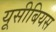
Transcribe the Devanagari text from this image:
यूसीबियस